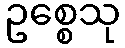
ဥစ္စေသု